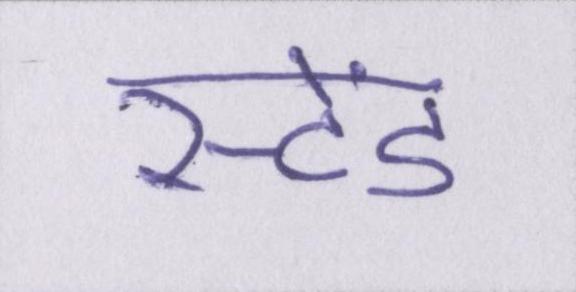
स्टेंड